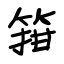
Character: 箝